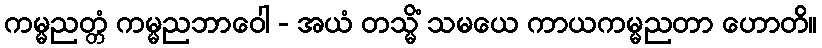
ကမ္မညတ္တံ ကမ္မညဘာဝေါ - အယံ တသ္မိံ သမယေ ကာယကမ္မညတာ ဟောတိ။